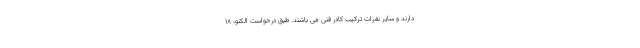
دارند و سایر نفرات ترکیب کادر فنی می باشند. طبق درخواست الکنو، ۱۸